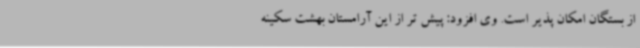
از بستگان امکان پذیر است. وی افزود: پیش تر از این آرامستان بهشت سکینه